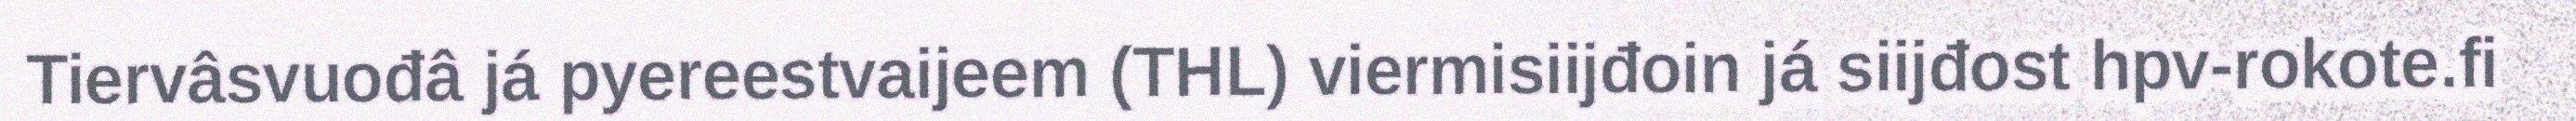
Tiervâsvuođâ já pyereestvaijeem (THL) viermisiijđoin já siijđost hpv-rokote.fi